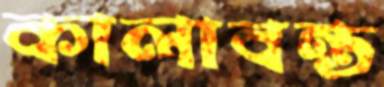
কালাবন্ত